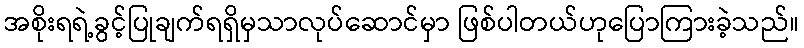
အစိုးရရဲ့ခွင့်ပြုချက်ရရှိမှသာလုပ်ဆောင်မှာ ဖြစ်ပါတယ်ဟုပြောကြားခဲ့သည်။